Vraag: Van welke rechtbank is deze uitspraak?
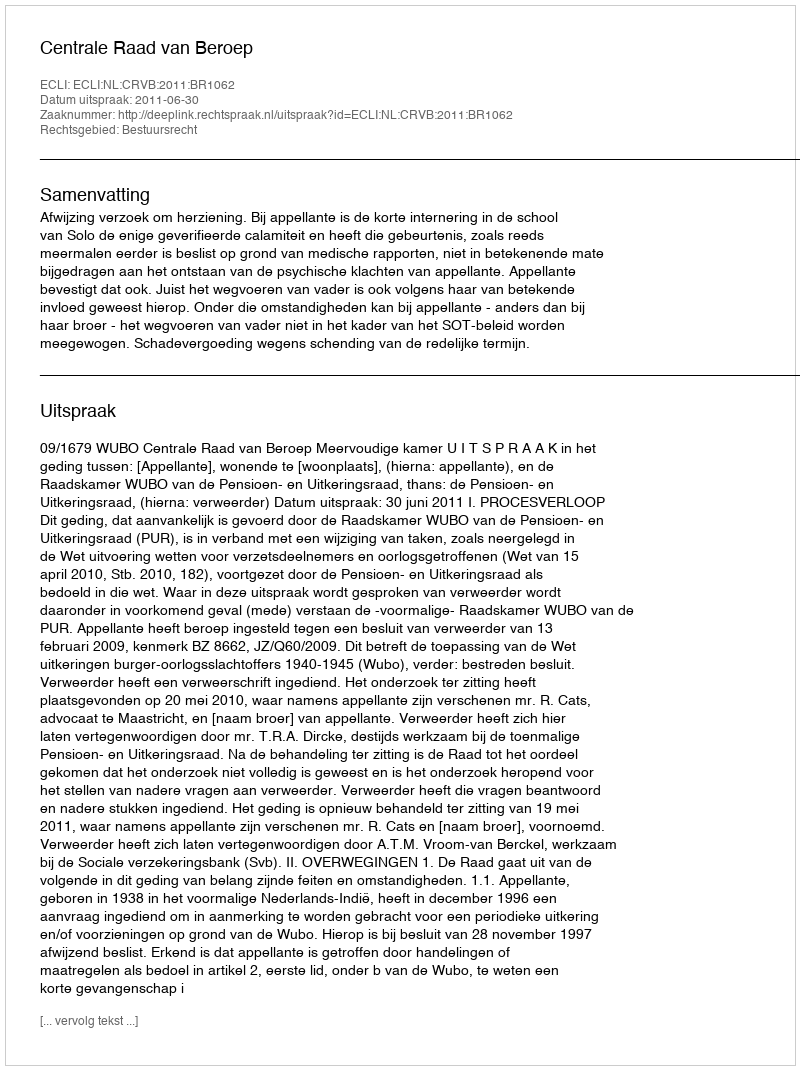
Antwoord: Centrale Raad van Beroep